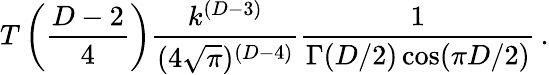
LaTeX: T\left({\frac{D-2}{4}}\right){\frac{k^{(D-3)}}{(4\sqrt{\pi})^{(D-4)}}}{\frac{1}{\Gamma(D/2)\cos(\pi D/2)}}\, .